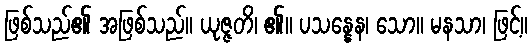
ဖြစ်သည်၏ အဖြစ်သည်။ ယုဇ္ဇတိ၊ ၏။ ပသန္နေန၊ သော။ မနသာ၊ ဖြင့်။